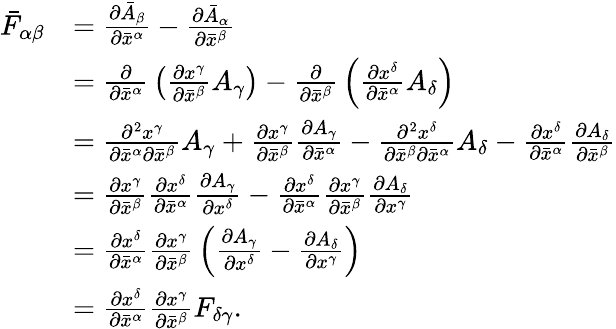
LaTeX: {\begin{array}{rl}{{\bar{F}}_{\alpha\beta}}&{={\frac{\partial{\bar{A}}_{\beta}}{\partial{\bar{x}}^{\alpha}}}-{\frac{\partial{\bar{A}}_{\alpha}}{\partial{\bar{x}}^{\beta}}}}\\ &{={\frac{\partial}{\partial{\bar{x}}^{\alpha}}}\left({\frac{\partial x^{\gamma}}{\partial{\bar{x}}^{\beta}}}A_{\gamma}\right)-{\frac{\partial}{\partial{\bar{x}}^{\beta}}}\left({\frac{\partial x^{\delta}}{\partial{\bar{x}}^{\alpha}}}A_{\delta}\right)}\\ &{={\frac{\partial^{2}x^{\gamma}}{\partial{\bar{x}}^{\alpha}\partial{\bar{x}}^{\beta}}}A_{\gamma}+{\frac{\partial x^{\gamma}}{\partial{\bar{x}}^{\beta}}}{\frac{\partial A_{\gamma}}{\partial{\bar{x}}^{\alpha}}}-{\frac{\partial^{2}x^{\delta}}{\partial{\bar{x}}^{\beta}\partial{\bar{x}}^{\alpha}}}A_{\delta}-{\frac{\partial x^{\delta}}{\partial{\bar{x}}^{\alpha}}}{\frac{\partial A_{\delta}}{\partial{\bar{x}}^{\beta}}}}\\ &{={\frac{\partial x^{\gamma}}{\partial{\bar{x}}^{\beta}}}{\frac{\partial x^{\delta}}{\partial{\bar{x}}^{\alpha}}}{\frac{\partial A_{\gamma}}{\partial x^{\delta}}}-{\frac{\partial x^{\delta}}{\partial{\bar{x}}^{\alpha}}}{\frac{\partial x^{\gamma}}{\partial{\bar{x}}^{\beta}}}{\frac{\partial A_{\delta}}{\partial x^{\gamma}}}}\\ &{={\frac{\partial x^{\delta}}{\partial{\bar{x}}^{\alpha}}}{\frac{\partial x^{\gamma}}{\partial{\bar{x}}^{\beta}}}\left({\frac{\partial A_{\gamma}}{\partial x^{\delta}}}-{\frac{\partial A_{\delta}}{\partial x^{\gamma}}}\right)}\\ &{={\frac{\partial x^{\delta}}{\partial{\bar{x}}^{\alpha}}}{\frac{\partial x^{\gamma}}{\partial{\bar{x}}^{\beta}}}F_{\delta\gamma}.}\end{array}}